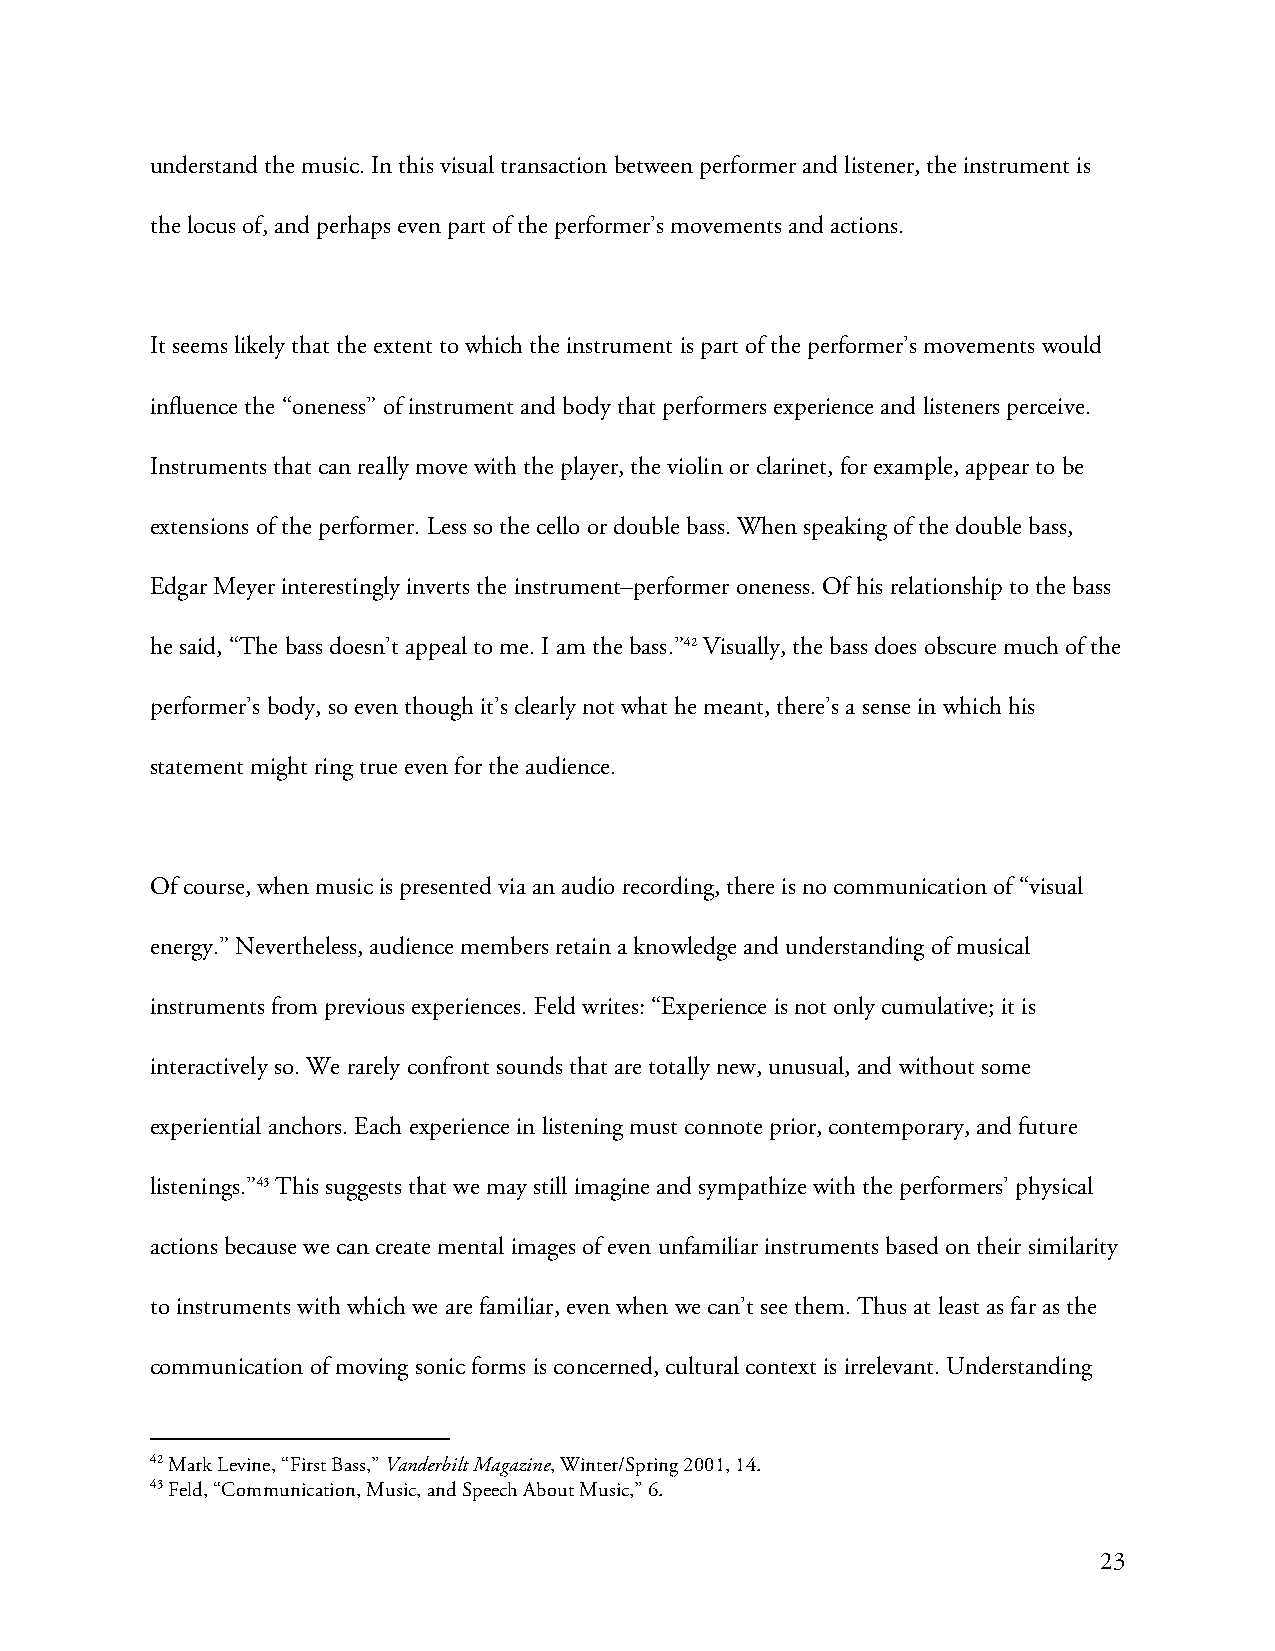
understand the music. In this visual transaction between performer and listener, the instrument is
 the locus of, and perhaps even part of the performer’s movements and actions.
 It seems likely that the extent to which the instrument is part of the performer’s movements would
 influence the “oneness” of instrument and body that performers experience and listeners perceive.
 Instruments that can really move with the player, the violin or clarinet, for example, appear to be
 extensions of the performer. Less so the cello or double bass. When speaking of the double bass,
 Edgar Meyer interestingly inverts the instrument–performer oneness. Of his relationship to the bass
 he said, “The bass doesn’t appeal to me. I am the bass.”42 Visually, the bass does obscure much of the
 performer’s body, so even though it’s clearly not what he meant, there’s a sense in which his
 statement might ring true even for the audience.
 Of course, when music is presented via an audio recording, there is no communication of “visual
 energy.” Nevertheless, audience members retain a knowledge and understanding of musical
 instruments from previous experiences. Feld writes: “Experience is not only cumulative; it is
 interactively so. We rarely confront sounds that are totally new, unusual, and without some
 experiential anchors. Each experience in listening must connote prior, contemporary, and future
 listenings.”43 This suggests that we may still imagine and sympathize with the performers’ physical
 actions because we can create mental images of even unfamiliar instruments based on their similarity
 to instruments with which we are familiar, even when we can’t see them. Thus at least as far as the
 communication of moving sonic forms is concerned, cultural context is irrelevant. Understanding
 42 Mark Levine, “First Bass,” Vanderbilt Magazine, Winter/Spring 2001, 14.
 43 Feld, “Communication, Music, and Speech About Music,” 6.
 23